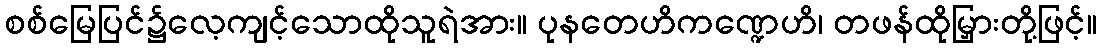
စစ်မြေပြင်၌လေ့ကျင့်သောထိုသူရဲအား။ ပုနတေဟိကဏ္ဍေဟိ၊ တဖန်ထိုမြှားတို့ဖြင့်။